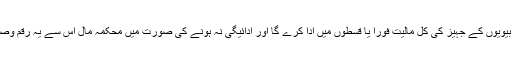
پہلی بیوی یا بیویوں کے جہیز کی کل مالیت فورا یا قسطوں میں ادا کرے گا اور ادائیگی نہ ہونے کی صورت میں محکمہ مال اس سے یہ رقم وصول کرے گا۔